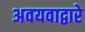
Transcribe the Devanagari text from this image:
अवयवाद्वारे